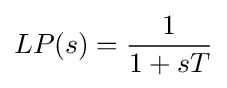
LP(s)={\frac {1}{1+sT}}